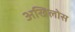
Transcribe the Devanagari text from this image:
अखिलोस